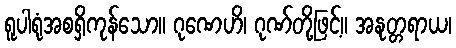
ရူပါရုံအစရှိကုန်သော။ ဂုဏေဟိ၊ ဂုဏ်တို့ဖြင့်။ အနုတ္တရာယ၊